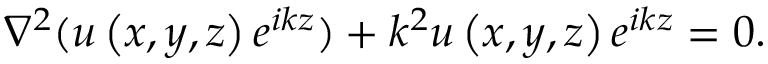
\nabla ^ { 2 } ( u \left( x , y , z \right) e ^ { i k z } ) + k ^ { 2 } u \left( x , y , z \right) e ^ { i k z } = 0 .